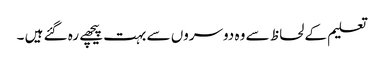
تعلیم کے لحاظ سے وہ دوسروں سے بہت پیچھے رہ گئے ہیں ۔